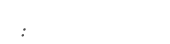
: